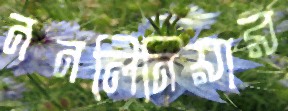
ননলিনিয়ার